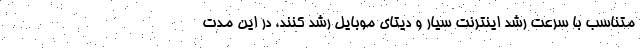
متناسب با سرعت رشد اینترنت سیار و دیتای موبایل رشد کنند، در این مدت